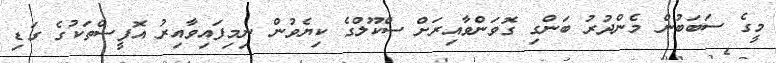
މީގެ ސަބަބުން މެންދުރު ބަންގި ގޮވަންވާއިރަށް ސްކޫލްގެ ކިޔެވުން ނިމިފައިވާއިރު އޮފީސްތަކުގެ ގަޑި